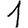
Digit: 1